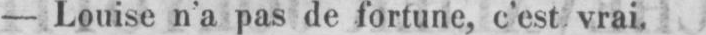
- Louise n’a pas de fortune, c’est vrai.